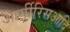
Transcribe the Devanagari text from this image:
आर्गीरिसआदि